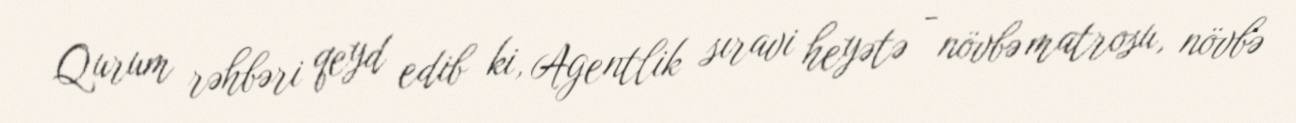
Qurum rəhbəri qeyd edib ki, Agentlik sıravi heyətə - növbə matrosu, növbə